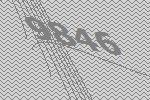
9846